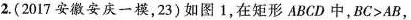
2.(2017安徽安庆一模，23) 如图1，在矩形ABCD中，$$B C > A B$$，